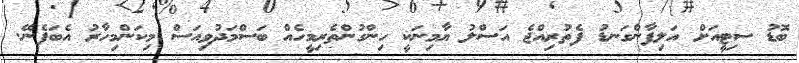
ބޮޑު ސިޓީއަށް އަލިފާންގަނޑު ފެތުރިއްޖެ އަސްލު ޔާމިނަކީ ހިންގުންތެރިމީހެއް ބަސްމަދުވިއަސް މިކަންމިހާރު އެބަފެނޭ.